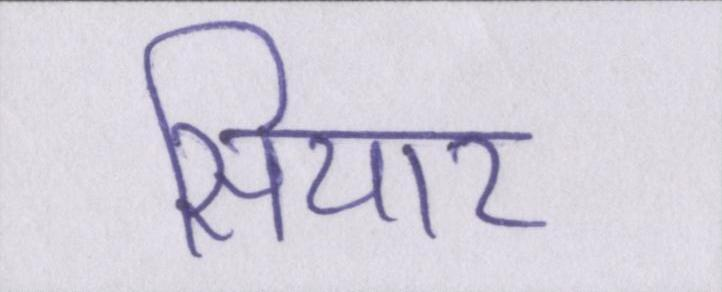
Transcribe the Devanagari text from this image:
सियार